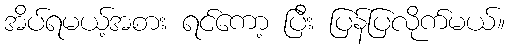
အိပ်ရမယ့်အစား ရင်ကော့ ပြီး ပြန်ပြလိုက်မယ်။